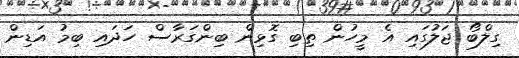
ގިލްބޯ ޖަލުގައި އެ މީހުން ތިބި ގޮޅިން ބިންގަރާސް ހަދައި ބިމު އަޑިން